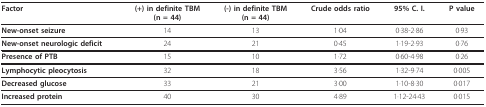
<table><thead><tr><td><b>Factor</b></td><td><b>(+) in definite TBM(n = 44)</b></td><td><b>(-) in definite TBM(n = 44)</b></td><td><b>Crude odds ratio</b></td><td><b>95% C. I.</b></td><td><b>P value</b></td></tr></thead><tbody><tr><td><b>New-onset seizure</b></td><td>14</td><td>13</td><td>1·04</td><td>0·38-2·86</td><td>0·93</td></tr><tr><td><b>New-onset neurologic deficit</b></td><td>24</td><td>21</td><td>0·45</td><td>1·19-2·93</td><td>0·76</td></tr><tr><td><b>Presence of PTB</b></td><td>15</td><td>10</td><td>1·72</td><td>0·60-4·98</td><td>0·26</td></tr><tr><td><b>Lymphocytic pleocytosis</b></td><td>32</td><td>18</td><td>3·56</td><td>1·32-9·74</td><td>0·005</td></tr><tr><td><b>Decreased glucose</b></td><td>33</td><td>21</td><td>3·00</td><td>1·10-8·30</td><td>0·017</td></tr><tr><td><b>Increased protein</b></td><td>40</td><td>30</td><td>4·89</td><td>1·12-24·43</td><td>0·015</td></tr></tbody></table>